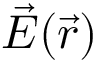
\vec { E } ( \vec { r } )